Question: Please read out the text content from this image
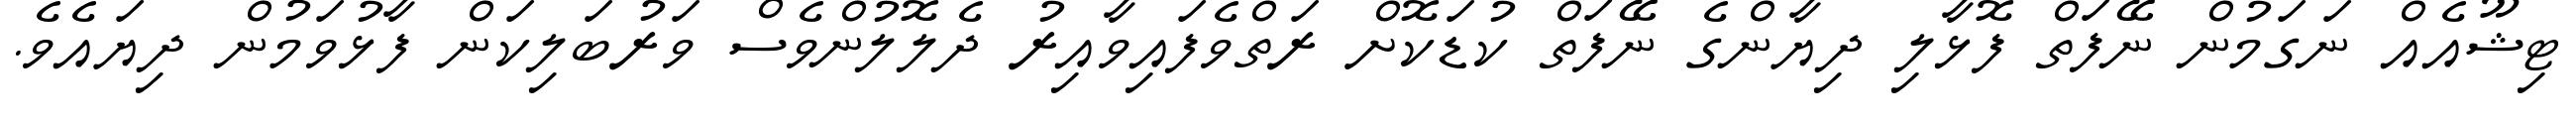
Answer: ޓިޝޫއެއް ނަގަމުން ނޭފަތް ފޮޅާލި ދިޔާންގެ ނޭފަތް ކުޑަކޮށް ރަތްވެފައިވާއިރު ދެލޮލުންވެސް ވަރުބަލިކަން ފާޅުވަމުން ދިޔައެވެ.